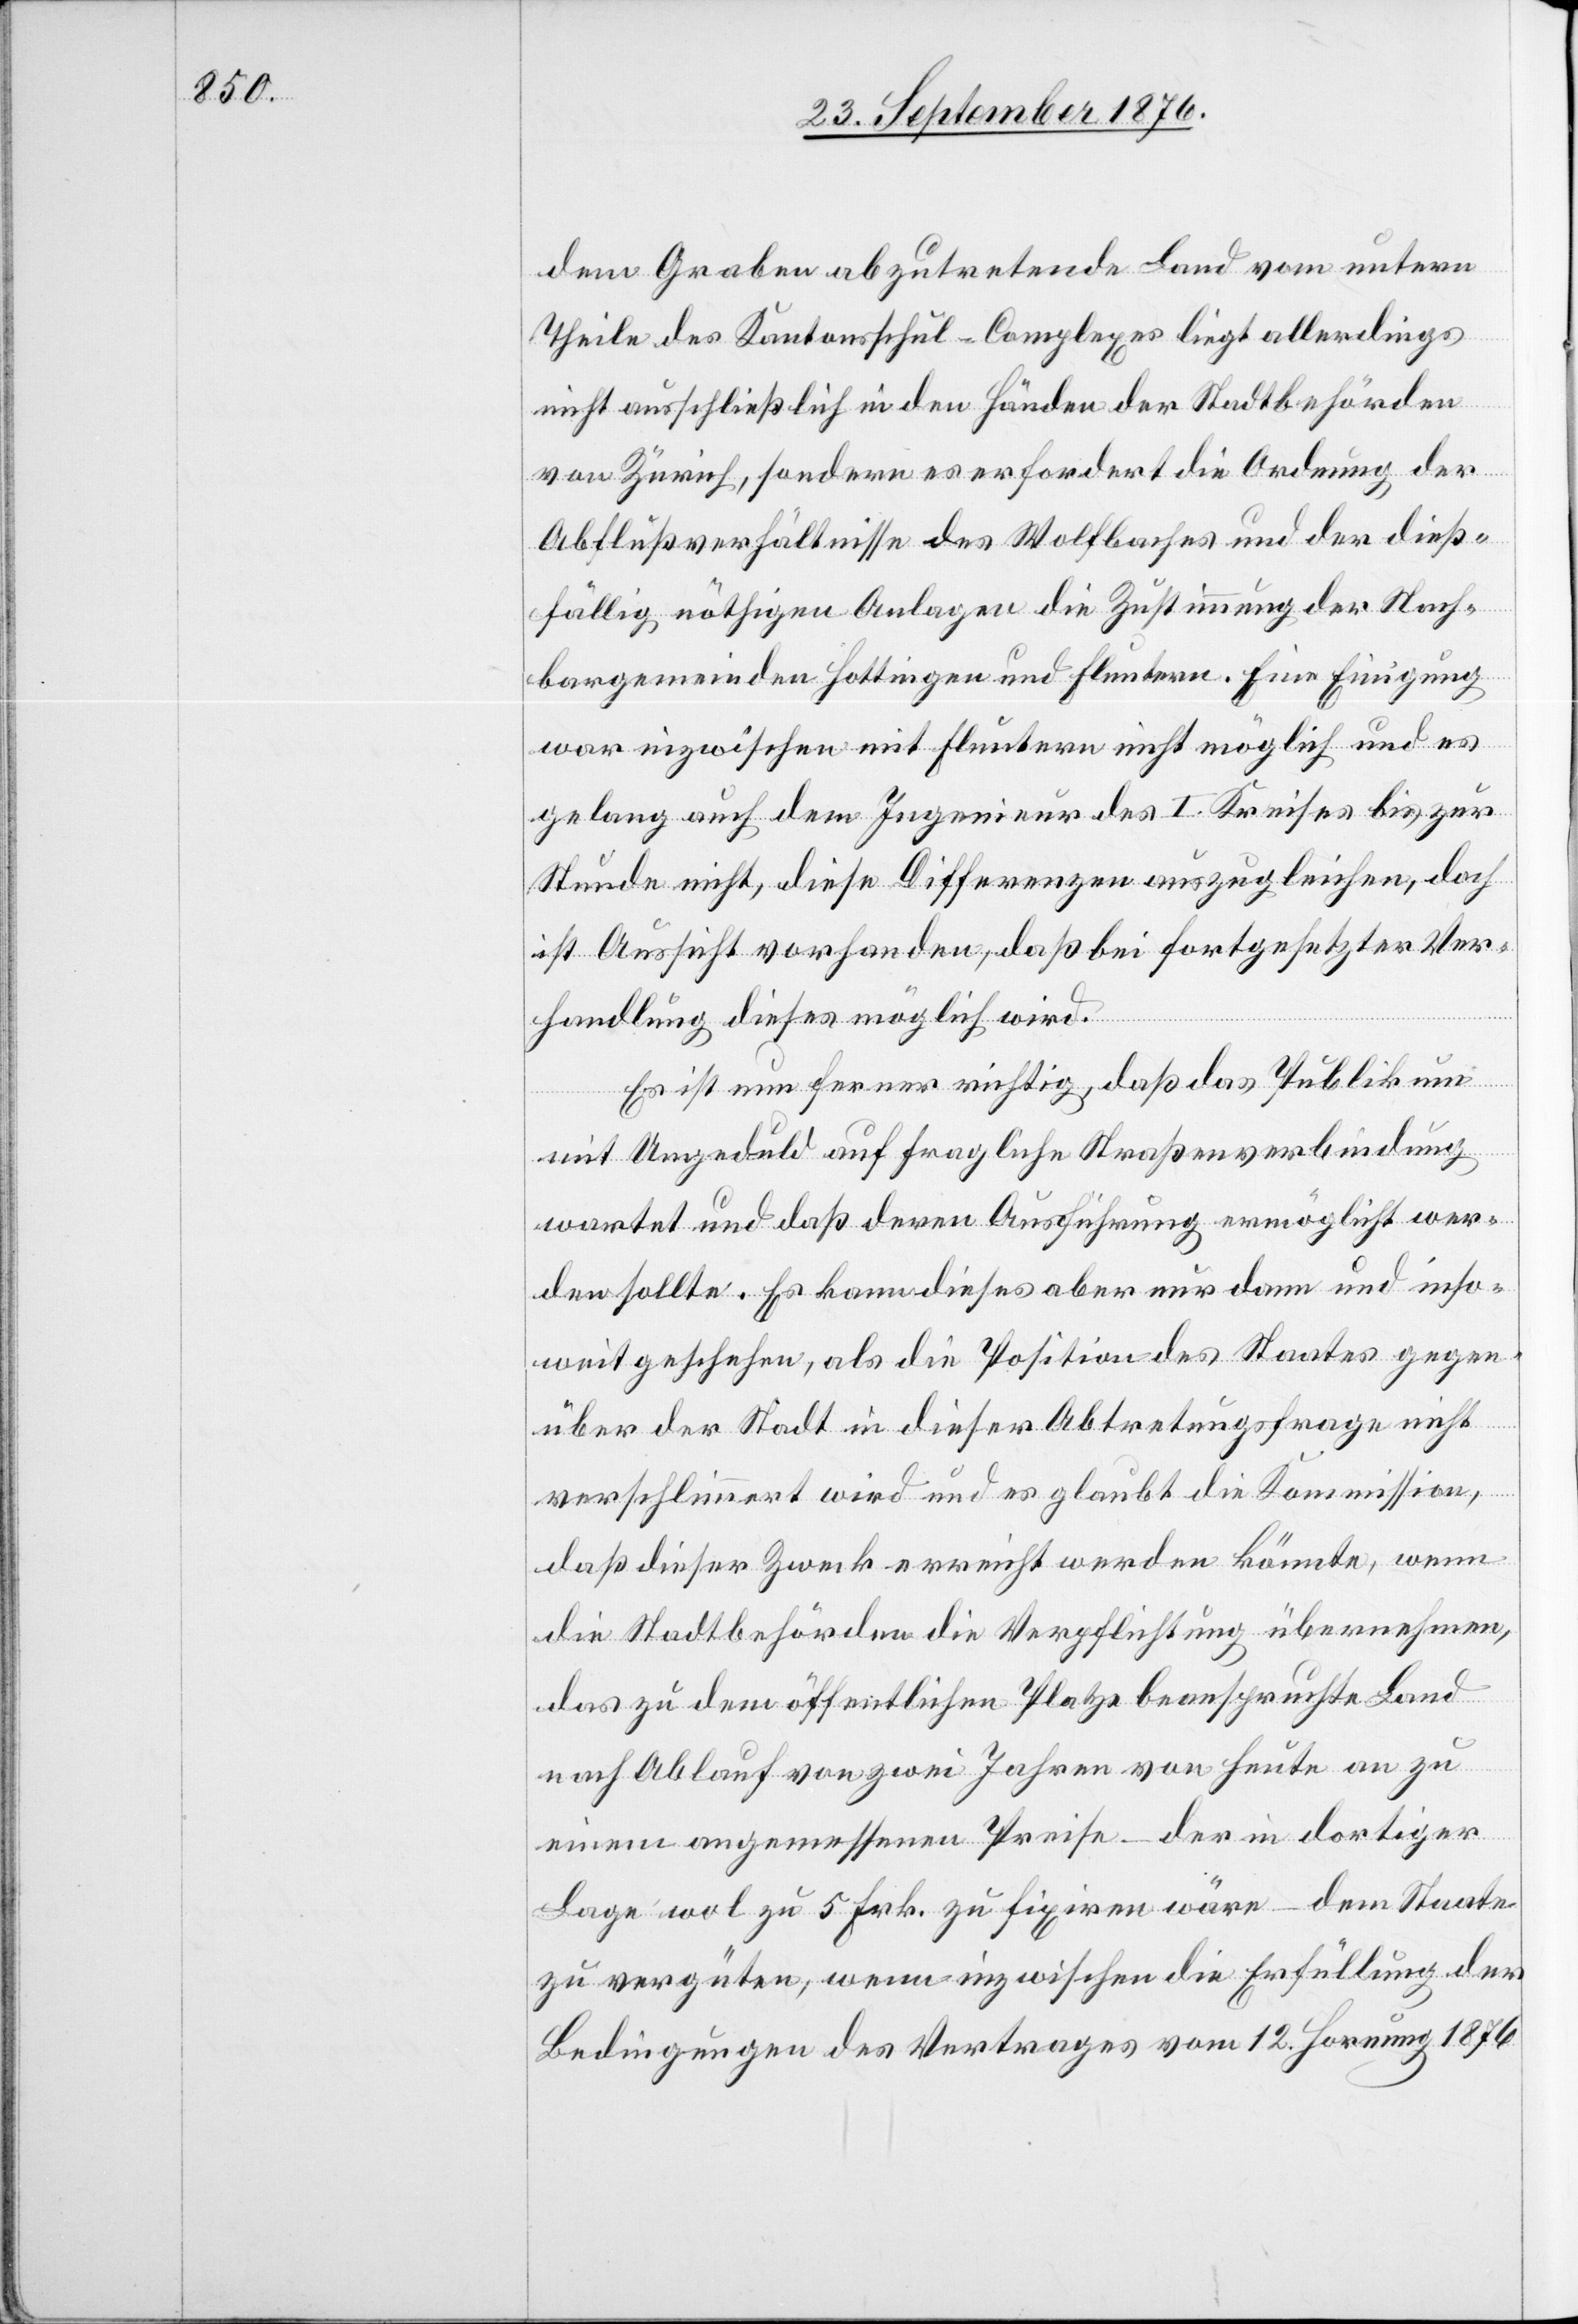
dem Graben abzutretende Land vom untern
Theile des Kantonsschul-Complexes liegt allerdings
nicht ausschließlich in den Händen der Stadtbehörden
von Zürich, sondern es erfordert die Ordnung der
Abflußverhältnisse des Wolfbaches und der dieß¬
fällig nöthigen Anlagen die Zustimmung der Nach¬
bargemeinden Hottingen und Fluntern. Eine Einigung
war inzwischen mit Fluntern nicht möglich und es
gelang auch dem Ingenieur des I. Kreises bis zur
Stunde nicht, diese Differenzen auszugleichen, doch
ist Aussicht vorhanden, daß bei fortgesetzter Ver¬
handlung dieses möglich wird.
Es ist nun ferner richtig, daß das Publikum
mit Ungeduld auf fragliche Straßenverbindung
wartet und daß deren Ausführung ermöglicht wer¬
den sollte. Es kann dieses aber nur dann und inso¬
weit geschehen, als die Position des Staates gegen¬
über der Stadt in dieser Abtretungsfrage nicht
verschlimmert wird und es glaubt die Kommission,
daß dieser Zweck erreicht werden könnte, wenn
die Stadtbehörden die Verpflichtung übernehmen,
das zu dem öffentlichen Platze beanspruchte Land
nach Ablauf von zwei Jahren von Heute an zu
einem angemessenen Preise – der in dortiger
Lage wol zu 5 Frk. zu fixiren wäre – dem Staate
zu vergüten, wenn inzwischen die Erfüllung der
Bedingungen des Vertrages vom 12. Hornung 1876